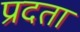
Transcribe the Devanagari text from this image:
प्रदता